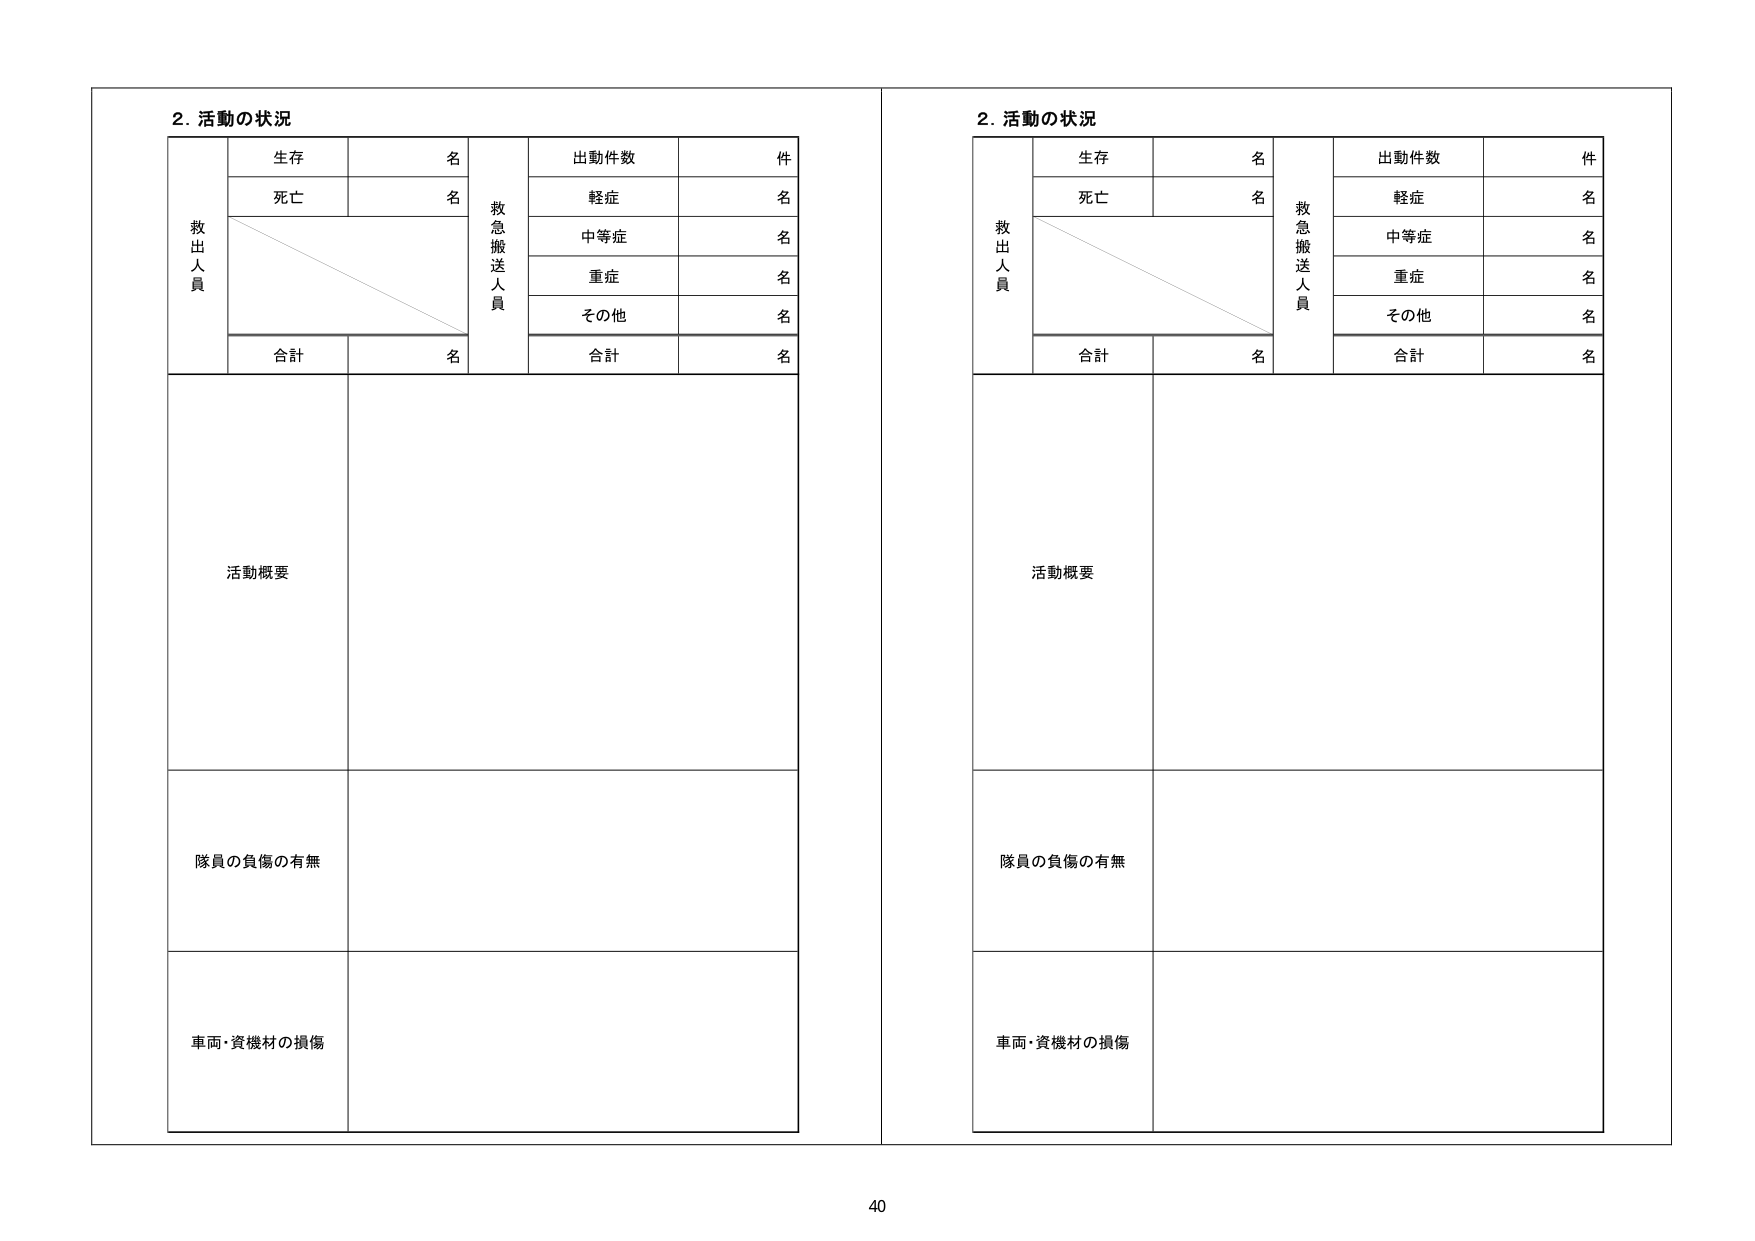
2. 活動の状況
救出人員
生存 名
死亡 名
合計 名
救急搬送人員
出動件数 件
軽症 名
中等症 名
重症 名
その他 名
合計 名
活動概要
隊員の負傷の有無
車両・資機材の損傷

2. 活動の状況
救出人員
生存 名
死亡 名
合計 名
救急搬送人員
出動件数 件
軽症 名
中等症 名
重症 名
その他 名
合計 名
活動概要
隊員の負傷の有無
車両・資機材の損傷

40